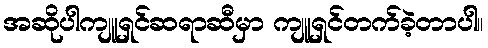
အဆိုပါကျူရှင်ဆရာဆီမှာ ကျူရှင်တက်ခဲ့တာပါ။